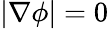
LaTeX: |\nabla\phi|=0